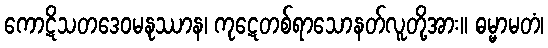
ကောဋိသတဒေဝမနုဿာန၊ ကုဋေတစ်ရာသောနတ်လူတို့အား။ ဓမ္မာမတံ၊